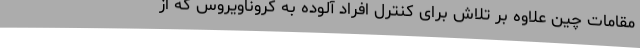
مقامات چین علاوه بر تلاش برای کنترل افراد آلوده به کروناویروس که از